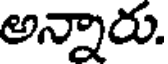
అన్నారు.